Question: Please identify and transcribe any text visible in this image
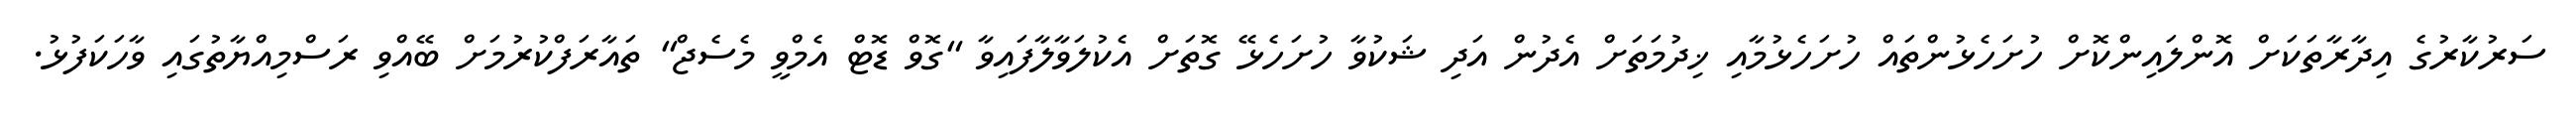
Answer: ސަރުކާރުގެ އިދާރާތަކަށް އޮންލައިންކޮށް ހުށަހެޅުންތައް ހުށަހެޅުމާއި ޚިދުމަތަށް އެދުން އަދި ޝަކުވާ ހުށަހެޅޭ ގޮތަށް އެކުލަވާލާފައިވާ "ގޮވް ޑޮޓް އެމްވީ މެސެޖް" ތައާރަފްކުރުމަށް ބޭއްވި ރަސްމިއްޔާތުގައި ވާހަކަފުޅު.